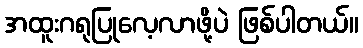
အထူးဂရုပြုလေ့လာဖို့ပဲ ဖြစ်ပါတယ်။